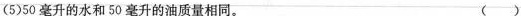
(5)50毫升的水和50毫升的油质量相同。 （）